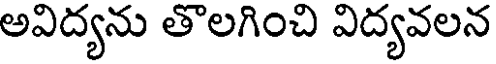
అవిద్యను తొలగించి విద్యవలన